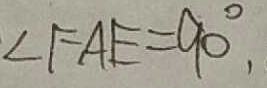
\angle F A E = 9 0 ^ { \circ } ,